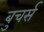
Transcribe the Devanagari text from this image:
बुचर्स